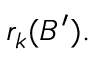
r _ { k } ( B ^ { \prime } ) .